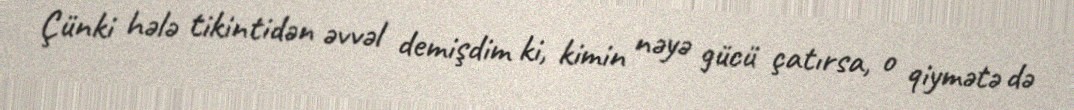
Çünki hələ tikintidən əvvəl demişdim ki, kimin nəyə gücü çatırsa, o qiymətə də